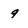
Character: 9